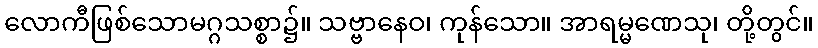
လောကီဖြစ်သောမဂ္ဂသစ္စာ၌။ သဗ္ဗာနေဝ၊ ကုန်သော။ အာရမ္မဏေသု၊ တို့တွင်။